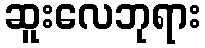
ဆူးလေဘုရား